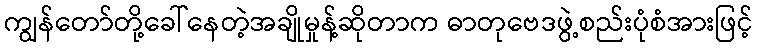
ကျွန်တော်တို့ခေါ်နေတဲ့အချိုမှုန့်ဆိုတာက ဓာတုဗေဒဖွဲ့စည်းပုံစံအားဖြင့်